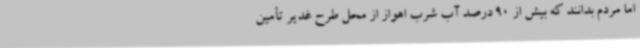
اما مردم بدانند که بیش از 90 درصد آب شرب اهواز از محل طرح غدیر تأمین